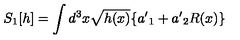
S _ { 1 } [ h ] = \int d ^ { 3 } x \sqrt { h ( x ) } \{ { a ^ { \prime } } _ { 1 } + { a ^ { \prime } } _ { 2 } R ( x ) \} \,